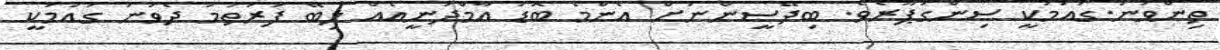
ތިންވަނަ.ގައުމަކީ ސިންގަޕޫރެވެ. ބިދޭސީންނަށް އެންމެ ބޮޑު އާމްދަނީއެއް ލިބޭ ފުރަތަމަ ދެވަނަ ގައުމަކީ